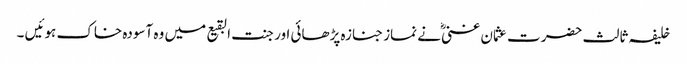
خلیفہ ثالث حضرت عثمان غنی ؓنے نماز جنازہ پڑھائی اور جنت البقیع میں وہ آسودہ خاک ہوئیں ۔